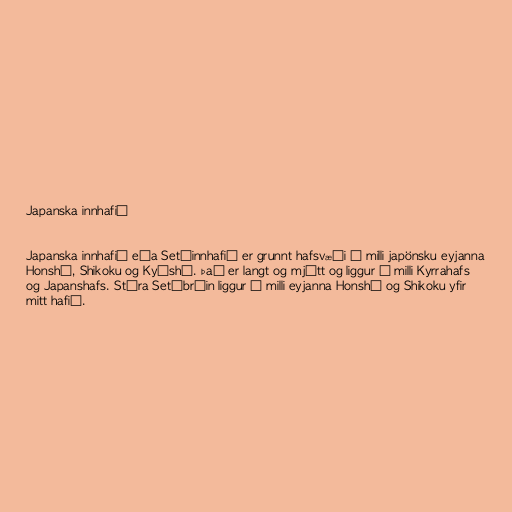
Japanska innhafið

Japanska innhafið eða Setóinnhafið er grunnt hafsvæði á milli japönsku eyjanna
Honshū, Shikoku og Kyūshū. Það er langt og mjótt og liggur á milli Kyrrahafs
og Japanshafs. Stóra Setóbrúin liggur á milli eyjanna Honshū og Shikoku yfir
mitt hafið.